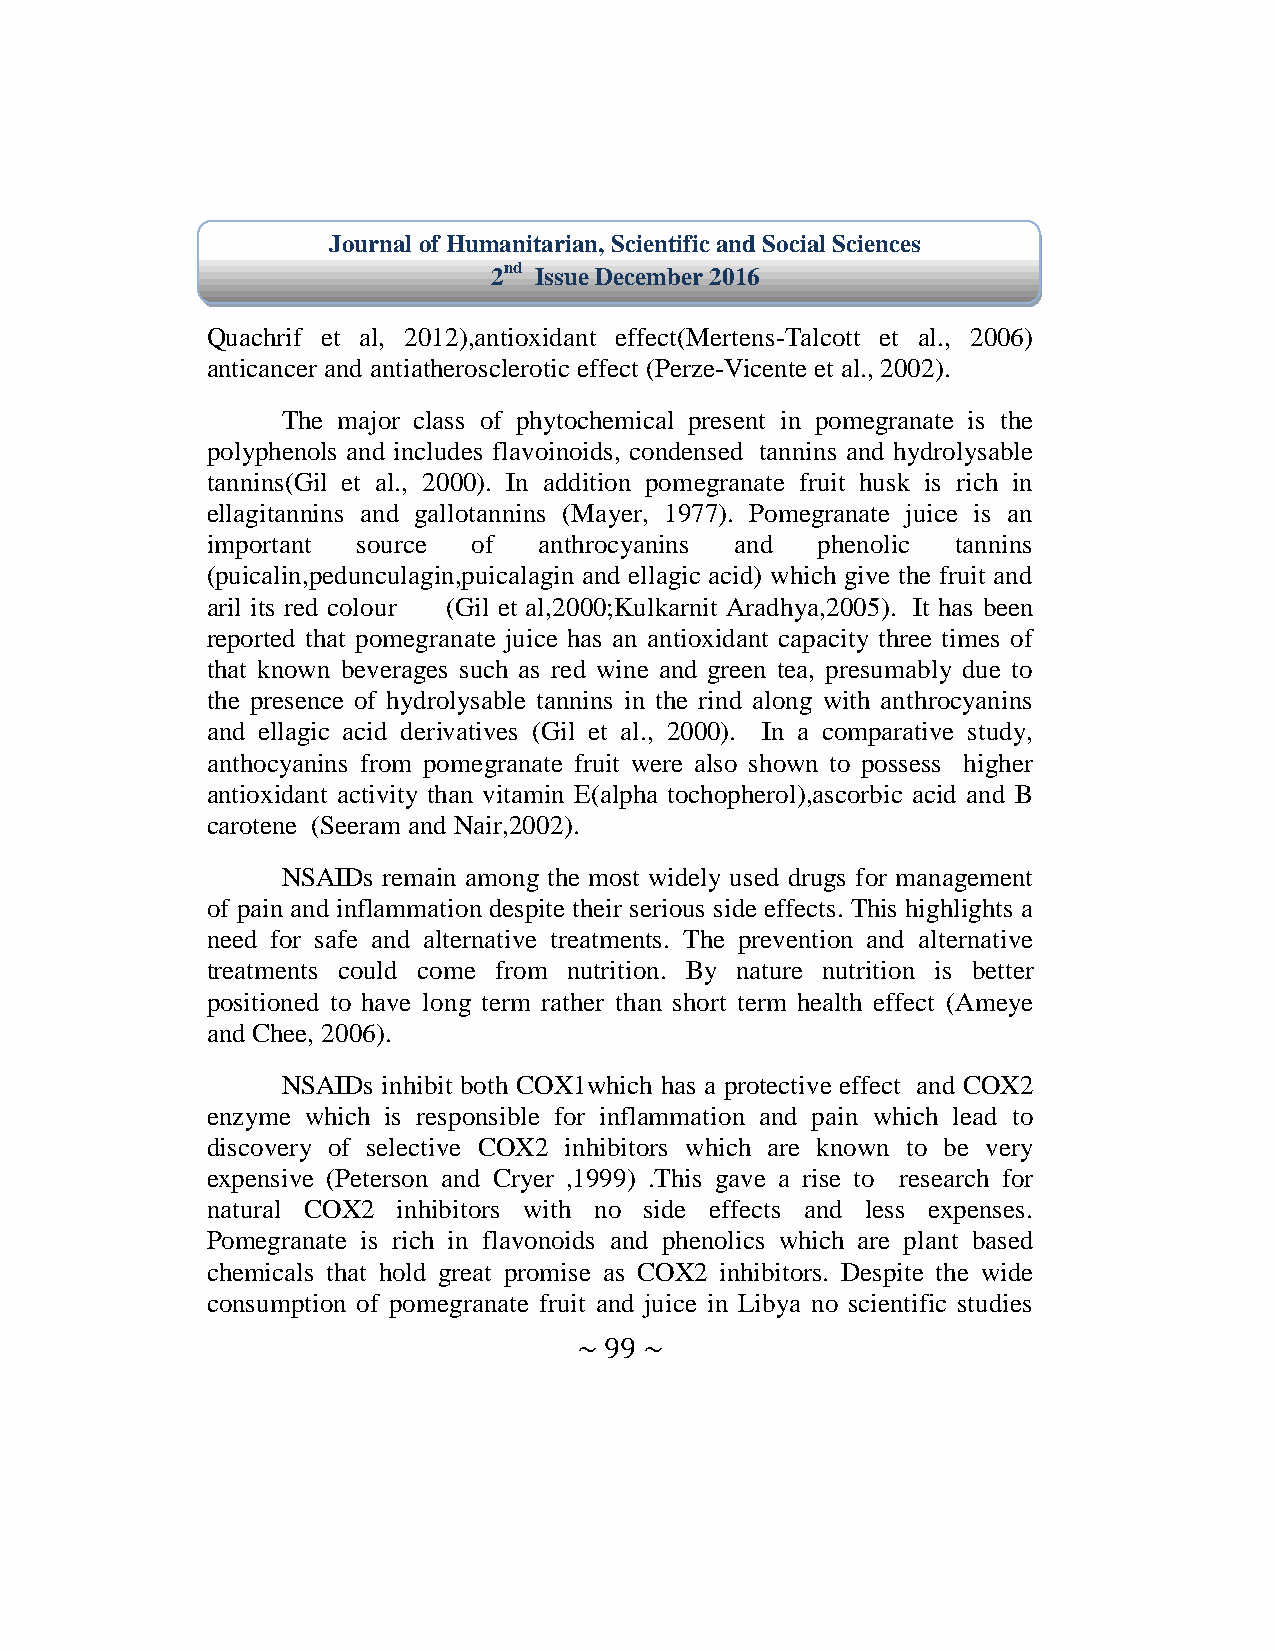
Journal of Humanitarian, Scientific and Social Sciences
 2nd Issue December 2016
 Quachrif et al, 2012),antioxidant effect(Mertens-Talcott et al., 2006)
 anticancer and antiatherosclerotic effect (Perze-Vicente et al., 2002).
 The major class of phytochemical present in pomegranate is the
 polyphenols and includes flavoinoids, condensed tannins and hydrolysable
 tannins(Gil et al., 2000). In addition pomegranate fruit husk is rich in
 ellagitannins and gallotannins (Mayer, 1977). Pomegranate juice is an
 important source of   anthrocyanins and phenolic tannins
 (puicalin,pedunculagin,puicalagin and ellagic acid) which give the fruit and
 aril its red colour (Gil et al,2000;Kulkarnit Aradhya,2005). It has been
 reported that pomegranate juice has an antioxidant capacity three times of
 that known beverages such as red wine and green tea, presumably due to
 the presence of hydrolysable tannins in the rind along with anthrocyanins
 and ellagic acid derivatives (Gil et al., 2000). In a comparative study,
 anthocyanins from pomegranate fruit were also shown to possess higher
 antioxidant activity than vitamin E(alpha tochopherol),ascorbic acid and B
 carotene (Seeram and Nair,2002).
 NSAIDs remain among the most widely used drugs for management
 of pain and inflammation despite their serious side effects. This highlights a
 need for safe and alternative treatments. The prevention and alternative
 treatments could come from nutrition. By nature nutrition is better
 positioned to have long term rather than short term health effect (Ameye
 and Chee, 2006).
 NSAIDs inhibit both COX1which has a protective effect and COX2
 enzyme which is responsible for inflammation and pain which lead to
 discovery of selective COX2 inhibitors which are known to be very
 expensive (Peterson and Cryer ,1999) .This gave a rise to research for
 natural COX2 inhibitors with no side effects and less expenses.
 Pomegranate is rich in flavonoids and phenolics which are plant based
 chemicals that hold great promise as COX2 inhibitors. Despite the wide
 consumption of pomegranate fruit and juice in Libya no scientific studies
 ~ 99 ~